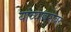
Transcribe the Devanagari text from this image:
यांव्याबरोबर